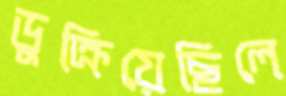
ডুক্‌রিয়েছিলে